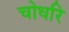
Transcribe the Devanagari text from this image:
चोधरि